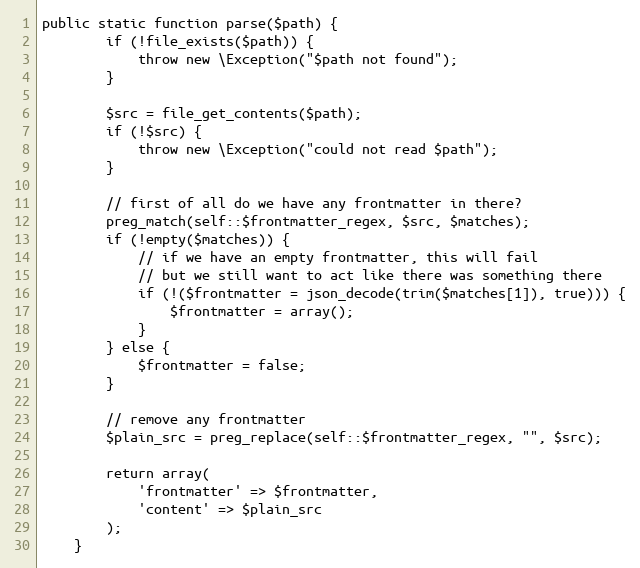
Language: PHP
public static function parse($path) {
        if (!file_exists($path)) {
            throw new \Exception("$path not found");
        }

        $src = file_get_contents($path);
        if (!$src) {
            throw new \Exception("could not read $path");
        }

        // first of all do we have any frontmatter in there?
        preg_match(self::$frontmatter_regex, $src, $matches);
        if (!empty($matches)) {
            // if we have an empty frontmatter, this will fail
            // but we still want to act like there was something there
            if (!($frontmatter = json_decode(trim($matches[1]), true))) {
                $frontmatter = array();
            }
        } else {
            $frontmatter = false;
        }

        // remove any frontmatter
        $plain_src = preg_replace(self::$frontmatter_regex, "", $src);

        return array(
            'frontmatter' => $frontmatter,
            'content' => $plain_src
        );
    }